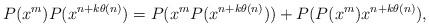
LaTeX: \begin{align*}P(x^m)P(x^{n+k\theta(n)})=P(x^mP(x^{n+k\theta(n)}))+P(P(x^m)x^{n+k\theta(n)}),\end{align*}